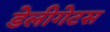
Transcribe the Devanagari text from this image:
डेलीगेटस